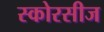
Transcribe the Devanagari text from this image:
स्कोरसीज